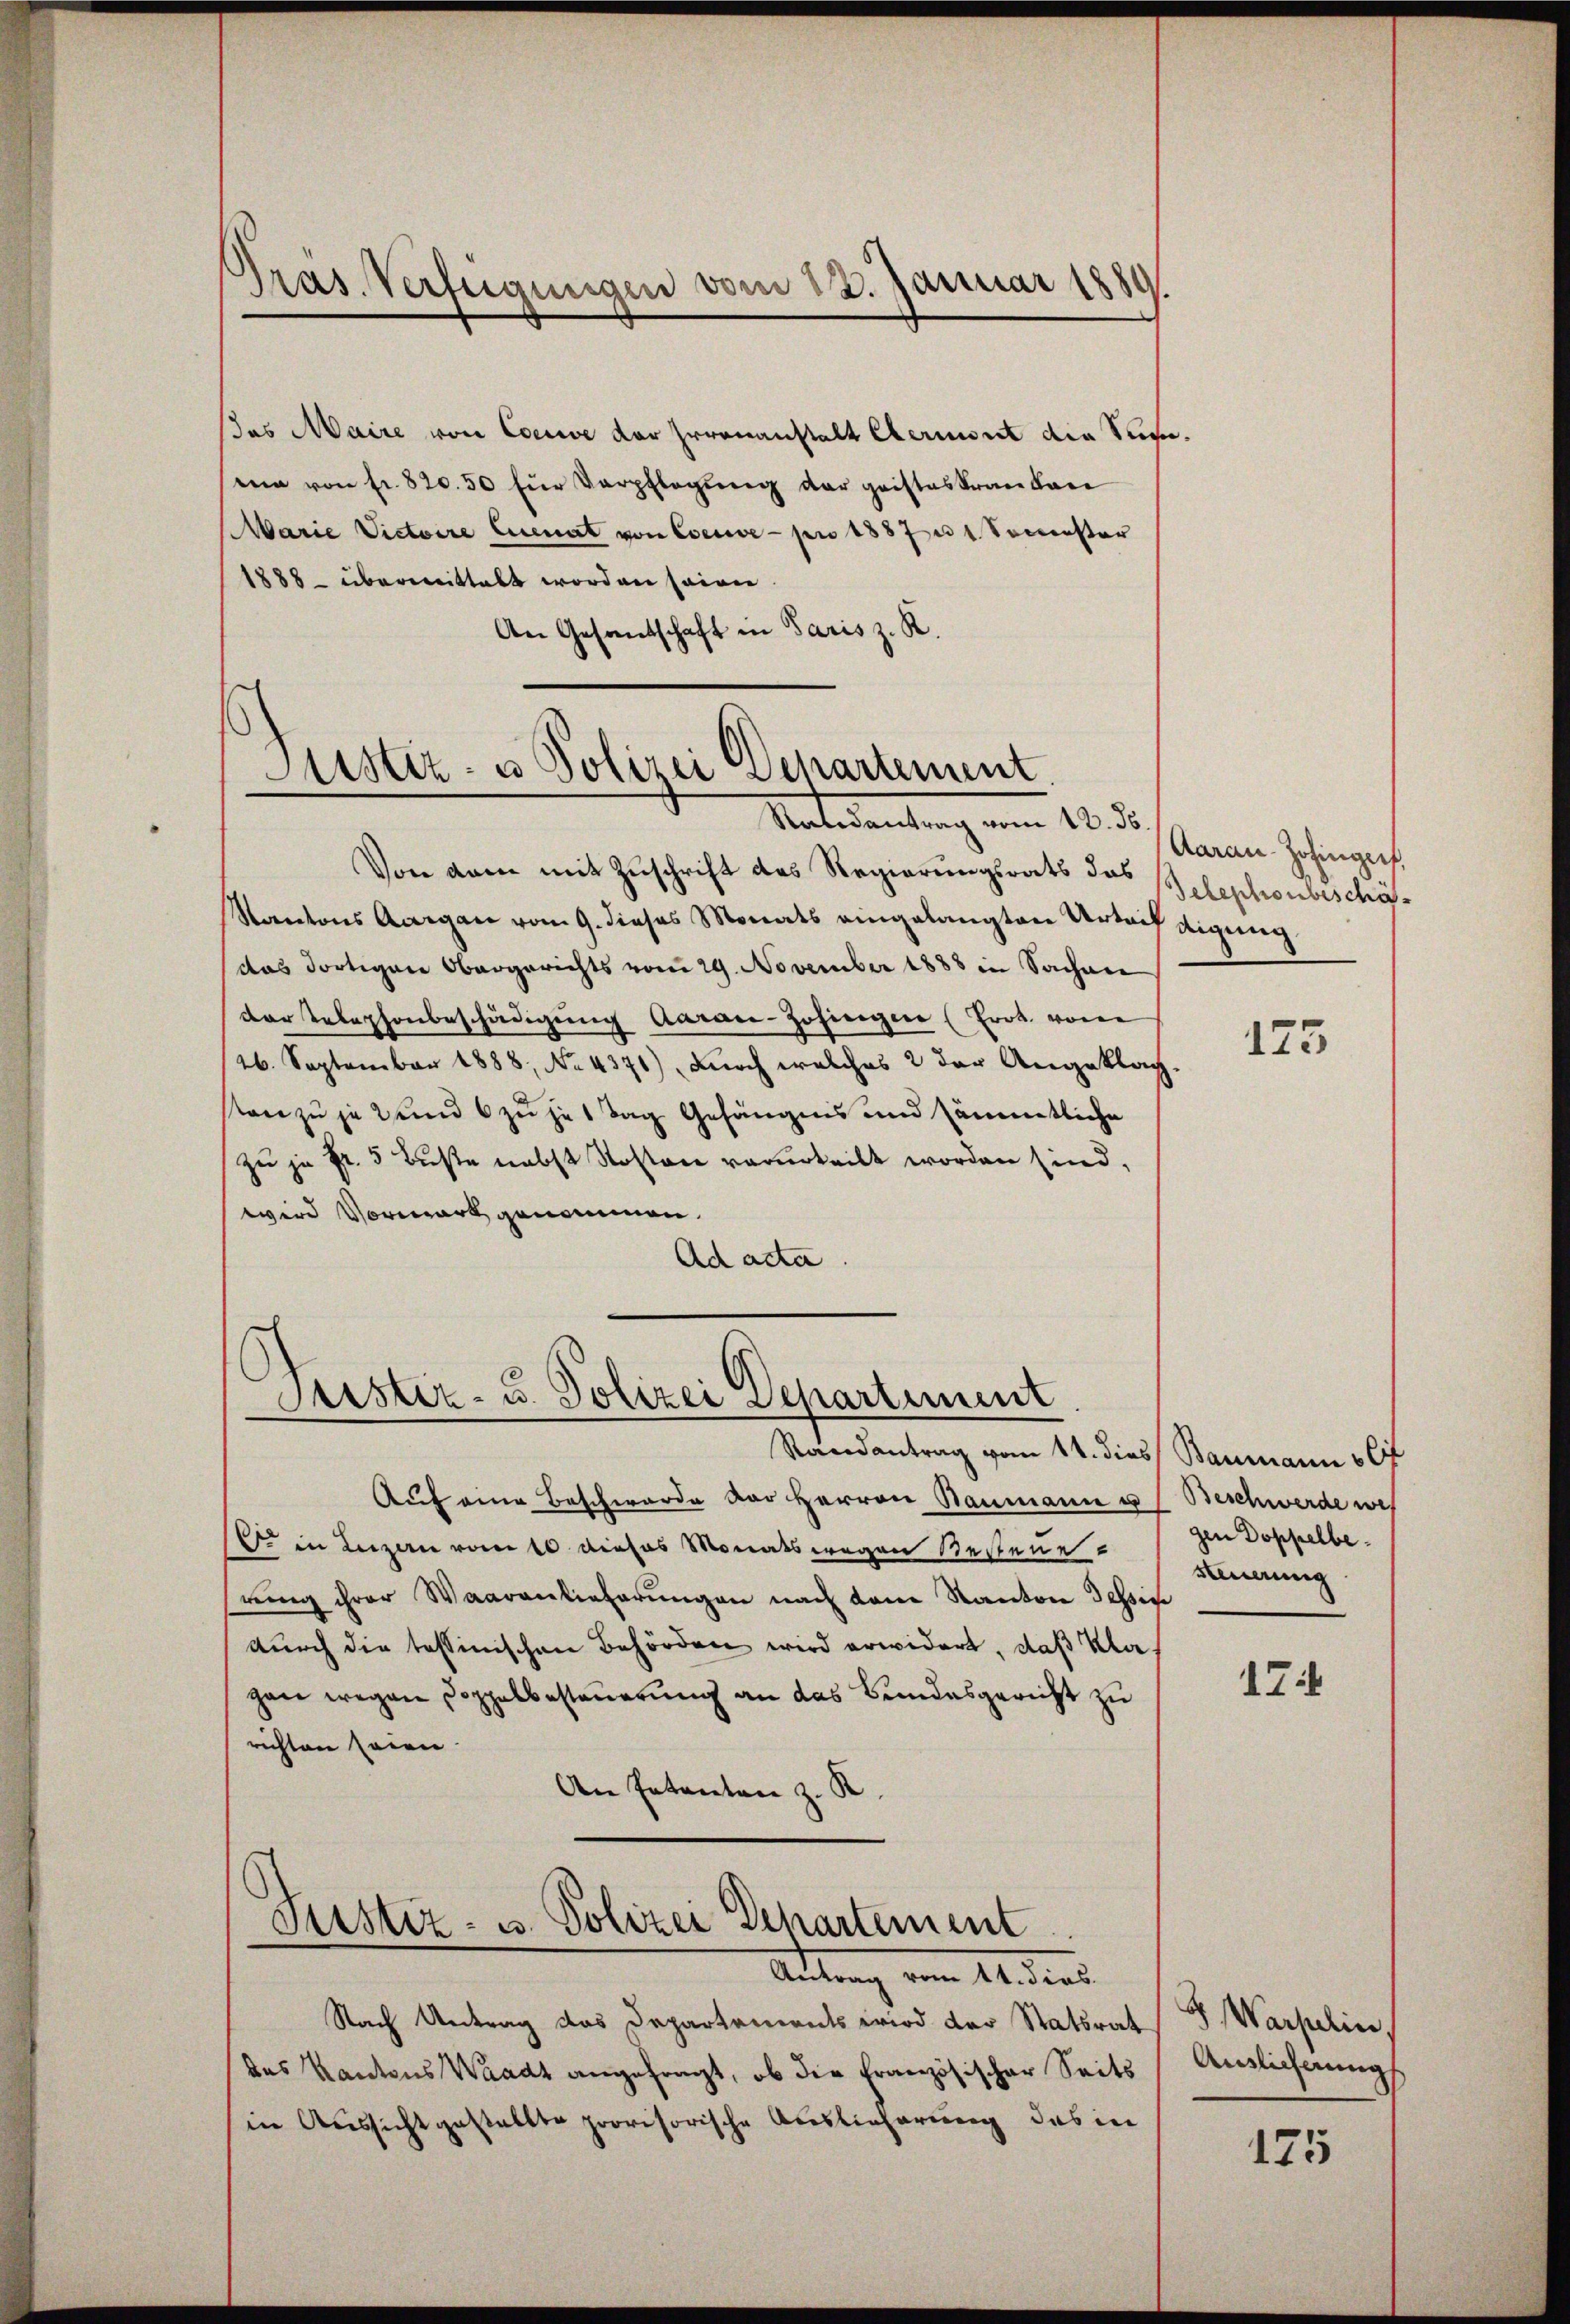
Pras. Verfügungen vom 23. Januar 1889

as Maire von Couve der Irrenanstalt Clerient die Sumea von fr. 820.50 für Verpflegung der geisteskrankare
Marie Victoire Cuenat von Eserve pro 1887 n 1. Sommenster
1888 übermittelt worden seinen
An Gesandschaft in Paris z. R.

tistiz- u Polizei Separtement.
.
Unteramtung vom 10. d.

Geister- u. Polizei Departement

Von dem mit Zuschrift des Regierungsrats des Belephonbescha¬
Kantons Aargau vom 9. dieses Monats eingelangten Urteil digung
das dortigen Obergerichts vom 29. November 1888 in Sachen
der Telephonbeschädigung Aarae-Zofingen (Erot von
26. September 1888, No 4371), durch welches 2 der Angeklag-
tone zu je und 6 zu je 1 Tag Gefängens und sämmtliche
zu je Fr. 5 Buße nebst Kosten verurteilt worden sind,
wird Vorwart genommen.
Ad acta.

Randantrag vom 14. dies Baumann v
Aŭf eine Beschwerde der Herren Baumann u. s. Beschwerde wes
 in Luzern von dieses Monatswegen Bestene
rung ihrer Waarenlieferungen nach dem Kanton Tessin
durch die tessinischen Behörden wird erwidert, daß Klagan wegen Doppelbesteuerung an das Bundesgericht zu
richten seien.
An Patenten z. K.

Justiz- u. Polizei Departement
Aitung vom 14. dens

Nach Antrag das Departements wird der Statsrat J. Warpelin,
das Kantons Waadt angefragt, ob die Französischer Seits Auslieferungs
in Aussicht gestellte provisorische Auslieferung des in

Aarau Zofingers.

125

gen Doppelbe.
Dinerung

17

175